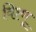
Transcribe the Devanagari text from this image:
विश्णू